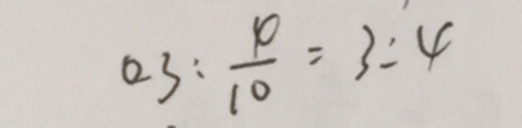
0 . 3 : \frac { \varphi } { 1 0 } = 3 : 4